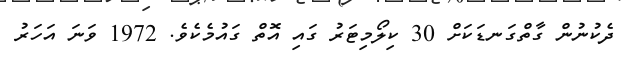
ދެކުނުން ގާތްގަނޑަކަށް 30 ކިލޯމިޓަރު ގައި އޮތް ގައުމެކެވެ. 1972 ވަނަ އަހަރު